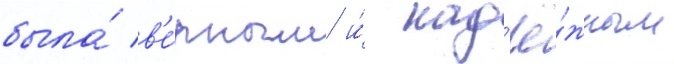
была́ в'е́рным и́ над'ё́жным